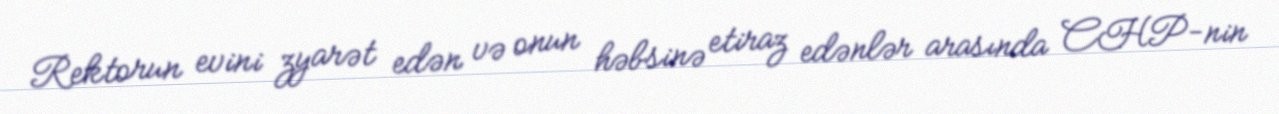
Rektorun evini zyarət edən və onun həbsinə etiraz edənlər arasında CHP-nin